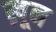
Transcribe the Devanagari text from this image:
ख्रून